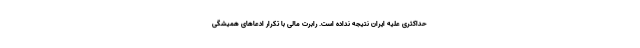
حداکثری علیه ایران نتیجه نداده است. رابرت مالی با تکرار ادعاهای همیشگی